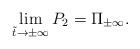
\begin{align*}\lim_{\tilde{t}\to\pm\infty}P_2 = \Pi_{\pm\infty}.\end{align*}